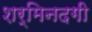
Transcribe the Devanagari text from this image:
शर्मिनदगी